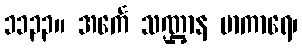
၁၁၃၃။ အင်္ကေ သဏ္ဌာန မာကာရေ၊